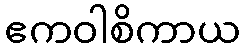
ဧကဝါစိကာယ